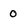
Character: 0